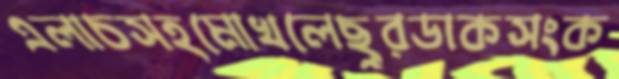
এলাচসহমোখলেছুরডাকসংক